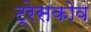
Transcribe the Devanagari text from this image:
ट्रेसकोव